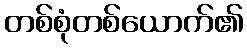
တစ်စုံတစ်ယောက်၏